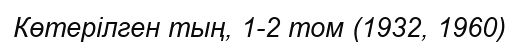
Көтерілген тың, 1-2 том (1932, 1960)